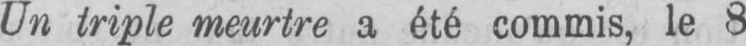
Un triple meurtre a été commis, le 8